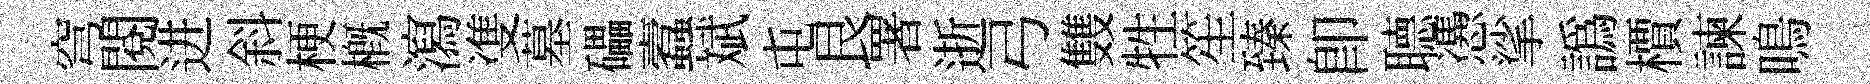
穹閲进斜梗概瀉㕠墓礧蠧斌屯艮署逝弓䨇牲笙臻卽𦗟慿挲譌檟諫鳴